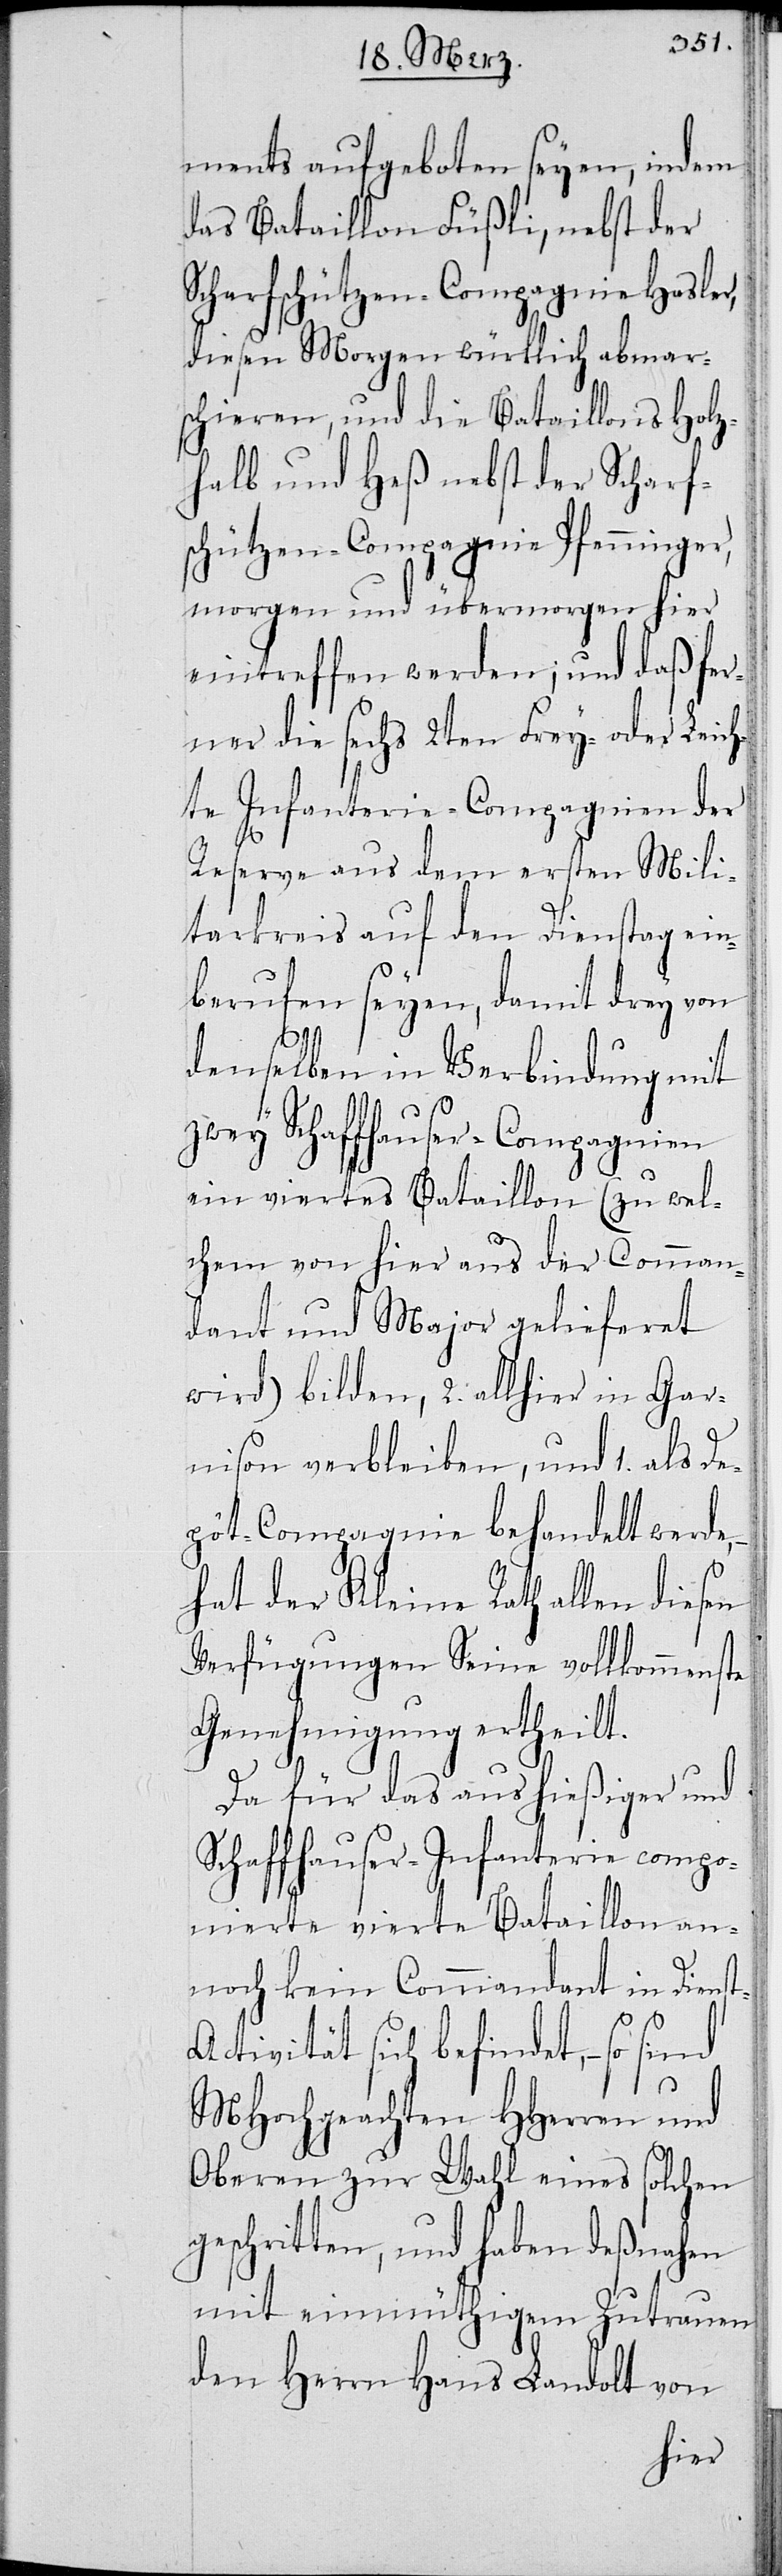
ments aufgeboten seyen, indem
das Bataillon Füßli, nebst der
Scharfschützen-Compagnie Hasler,
diesen Morgen würklich abmar¬
schieren, und die Bataillons Holz¬
halb und Heß nebst der Scharfs¬
chützen-Compagnie Pfenninger,
morgen und übermorgen hier
eintreffen werden; und daß fer¬
ner die sechs 2ten Frey- oder Leich¬
te Infanterie-Compagnien der
Reserve aus dem ersten Mili¬
tarkreis auf den Dienstag ein¬
berufen seyen, damit drey von
denselben in Verbindung mit
zwey Schaffhauser-Compagnien
ein viertes Bataillon (zu wel¬
chem von hier aus der Comman¬
dant und Major gelieferet
wird) bilden, 2. allhier in Gar¬
nison verbleiben, und 1. als De¬
pôt-Compagnie behandelt werde,
hat der Kleine Rath allen diesen
Verfügungen Seine vollkommenste
Genehmigung ertheilt.
Da für das aus hießiger und
Schaffhauser-Infanterie, compo¬
nierte vierte Bataillon an¬
noch kein Commandant in Diens¬
t-Activität sich befindet, – so
MHochgeachten HHerren und
Oberen zur Wahl eines solchen
geschritten, und haben deßnahen
mit einmüthigem Zutrauen
den Herrn Hans Landolt von